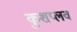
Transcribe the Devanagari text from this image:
कुशप्लव